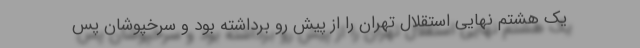
یک هشتم نهایی استقلال تهران را از پیش رو برداشته بود و سرخپوشان پس